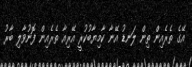
އޭގެ ތެރެއިން ތިން ލަނޑު އޭނާ ކާމިޔާބުކުރީ އޭރިއާ ތެރެއިން ފޮނުވާލި ބާރު